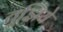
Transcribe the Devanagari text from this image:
तूझिये